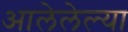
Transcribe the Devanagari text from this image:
आलेलेल्या